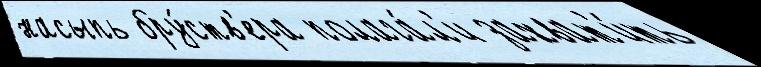
насыпь бру́ств'ера полага́л'и захват'и́ть